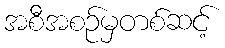
အစီအစဉ်မှတစ်ဆင့်